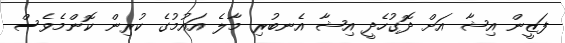
ފަޒީން އިޝާ އަށް ދޮގުހެދީ އިޝާ އެނބުރި މާލެ އައުމުގެ ކުރިން ކޮންމެވެސް